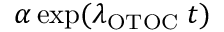
\alpha \exp ( \lambda _ { \mathrm { O T O C } } \; t )